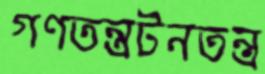
গণতন্ত্রটনতন্ত্র